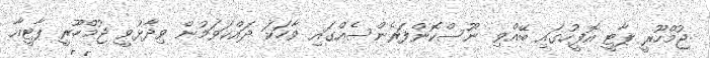
ޖުމްހޫރީ ޕާޓީ އޮފީހުގައި ބޭއްވި ނޫސްކޮންފަރެންސެއްގައި ވާހަކަ ދައްކަވަމުން ވިދާޅުވީ ޖުމްހޫރީ ޕާޓީއާ